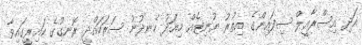
އަދި އިސްރާއީލް ސިފައިންގެ އިތުރު ޔުނިޓެއް މިއަދު ހެނދުނު ސަރަހައްދީ ރޮނގުގެ ކައިރީގައިވާ